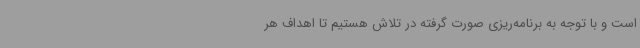
است و با توجه به برنامه‌ریزی صورت گرفته در تلاش هستیم تا اهداف هر